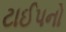
ટાઈપનો